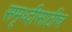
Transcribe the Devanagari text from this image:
समृध्दीसाठीच